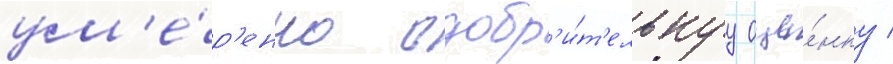
ум'е́р'енно одобр'и́т'ельнуу оце́нку /